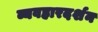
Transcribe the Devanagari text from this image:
व्यवहारदर्शन